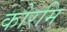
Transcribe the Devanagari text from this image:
कोरमि